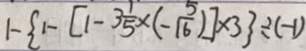
1 - \{ 1 - [ 1 - 3 \frac { 1 } { 5 } \times ( - \frac { 5 } { 1 6 } ) ] \times 3 \} \div ( - 1 )